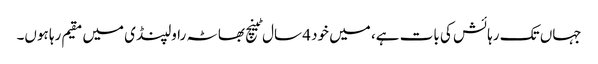
جہاں تک رہائش کی بات ہے، میں خود 4 سال ٹینچ بھاٹہ راولپنڈی میں مقیم رہا ہوں۔